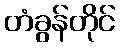
တံခွန်တိုင်